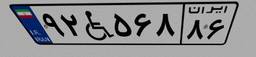
۹۲W۵۶۸۸۶